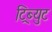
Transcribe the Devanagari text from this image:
ट्रिब्युट